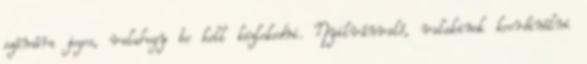
számára jogos, valahogy be kell közlekedni. Nyilvánvaló, valakinek koordinálni